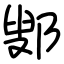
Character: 鄋